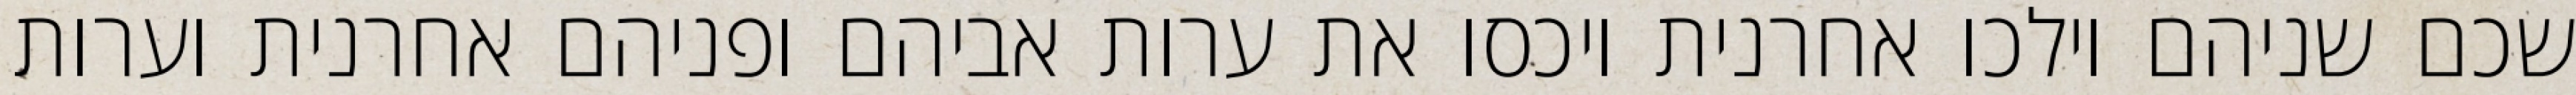
שכם שניהם וילכו אחרנית ויכסו את ערות אביהם ופניהם אחרנית וערות